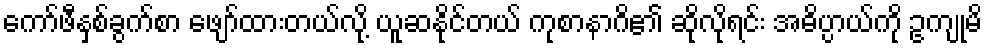
ကော်ဖီနှစ်ခွက်စာ ဖျော်ထားတယ်လို့ ယူဆနိုင်တယ် ကုစာနာဂိ၏ ဆိုလိုရင်း အဓိပ္ပာယ်ကို ဥကျုမိ